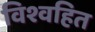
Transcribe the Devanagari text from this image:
विश्वहित